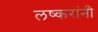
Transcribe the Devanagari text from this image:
लष्करांनी